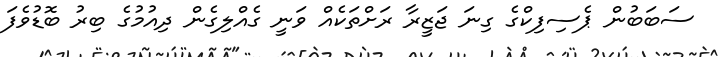
ސަބަބުން ޕެސިފިކްގެ ގިނަ ޖަޒީރާ ރަށްތަކެއް ވަނީ ގެއްލިގެން ދިއުމުގެ ބިރު ބޮޑުވެފަ